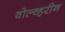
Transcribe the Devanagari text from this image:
वोल्व्हरीन